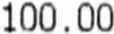
100.00